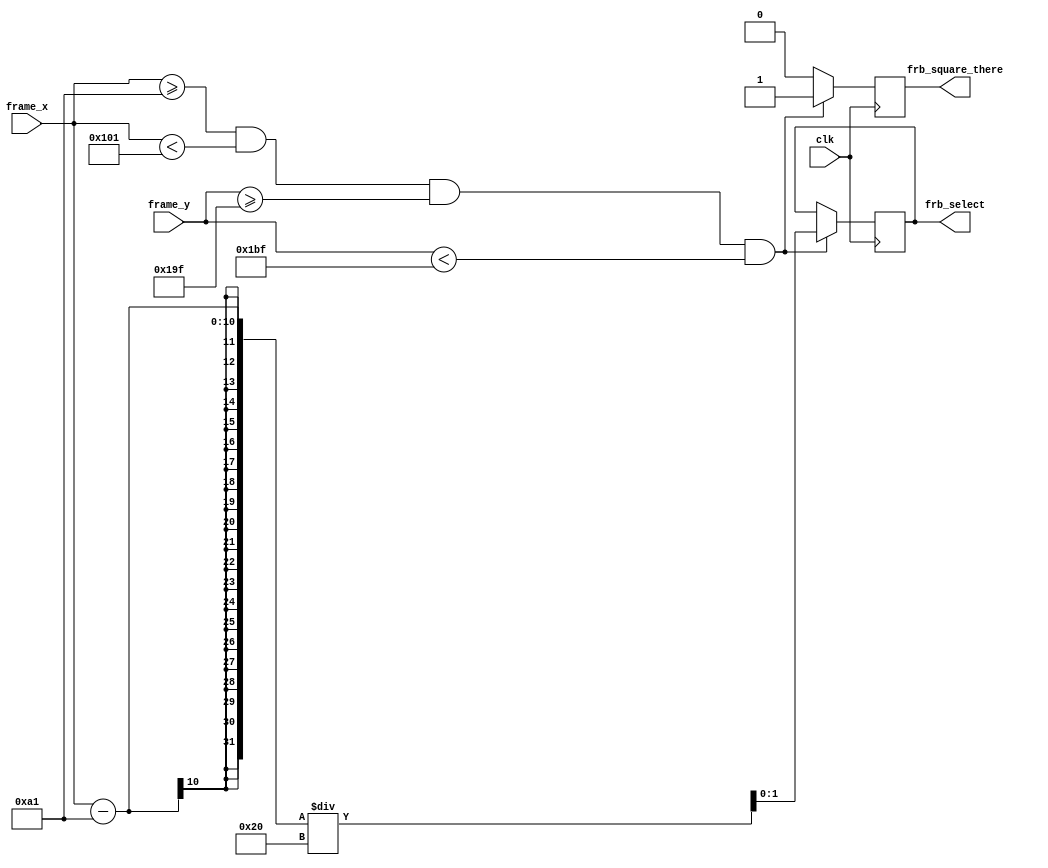
module frb_square_there (frame_x, frame_y, frb_square_there, frb_select, clk);
	input clk;
	input [9:0] frame_x;
	input [9:0] frame_y;
	output [1:0] frb_select;
	output frb_square_there;
	
	
wire[9:0] frame_x;
wire[9:0] frame_y;
reg [1:0] frb_select;
reg frb_square_there;

always @(posedge clk) begin
	if(frame_x >= 161 && frame_x < 257 && frame_y >= 415 && frame_y < 447)begin
		frb_square_there <= 1;
		frb_select <= (frame_x - 161) / 32;
	end
	else begin
		frb_square_there <= 0;
	end
end
	

endmodule